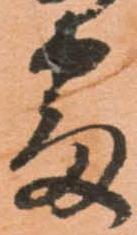
番